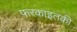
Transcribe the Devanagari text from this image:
फरकाइतकी